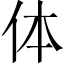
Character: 体